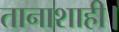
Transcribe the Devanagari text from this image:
तानाशाही।